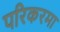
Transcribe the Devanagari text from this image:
परिकरमा